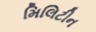
મિલિટીન